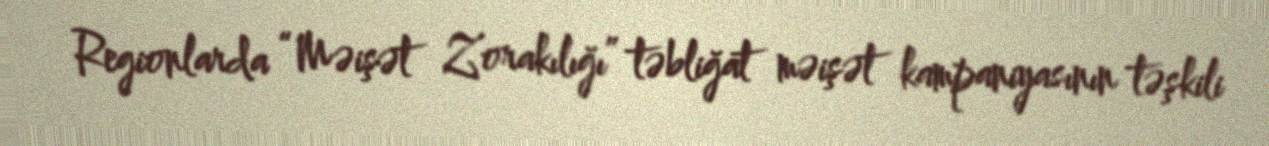
Regionlarda “Məişət Zorakılığı” təbliğat məişət kampaniyasının təşkili